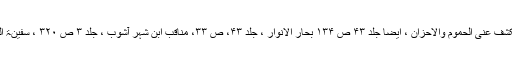
ولقد کنت انظر الیھا فتنکشف عنی الحموم والاحزان ، ایضا جلد ۴۳ ص ۱۳۴ بحار الانوار ، جلد ۴۳، ص ۳۳، مناقب ابن شہر آشوب ، جلد ۳ ص ۳۲۰ ، سفینۃ البحار ، جلد ۲ ص ۳۷۴۔